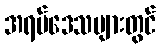
အရပ်ဒေသများတွင်